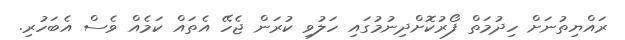
ރައްޔިތުނަށް ހިދުމަތް ފޯރުކޮށްދިނުމުގައި ހަލުވި ކުރަން ޖެހޭ އެތައް ކަމެއް ވެސް އެބަހުރި.